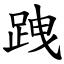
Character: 跩